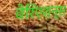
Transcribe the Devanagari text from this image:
वेरिएशन्स